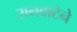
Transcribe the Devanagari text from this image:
रानवाटेने